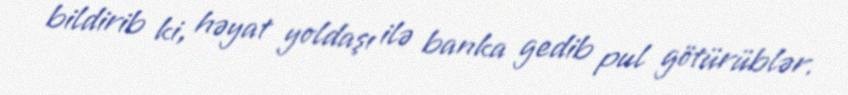
bildirib ki, həyat yoldaşı ilə banka gedib pul götürüblər.